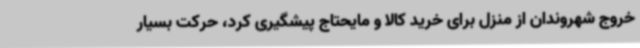
خروج شهروندان از منزل برای خرید کالا و مایحتاج پیشگیری کرد، حرکت بسیار